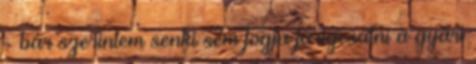
- bár szerintem senki sem fogja farigcsálni a gyári